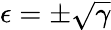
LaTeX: \epsilon=\pm\sqrt{\gamma}